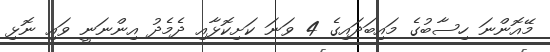
މޭއޮންނަ ހިސާބުގެ މައިބަދައިގެ 4 ވަނަ ކަށިކޮޅާއި ދެމެދު އިންނަނީ ވައި ނޮޅި